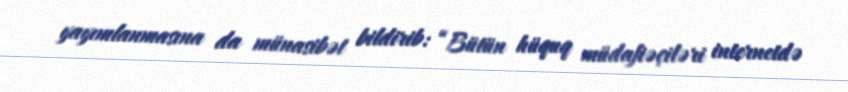
yayımlanmasına da münasibət bildirib: “Bütün hüquq müdafiəçiləri internetdə